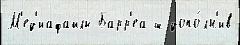
М'ед'иафайлы Барр'еа ш допо́лн'ив